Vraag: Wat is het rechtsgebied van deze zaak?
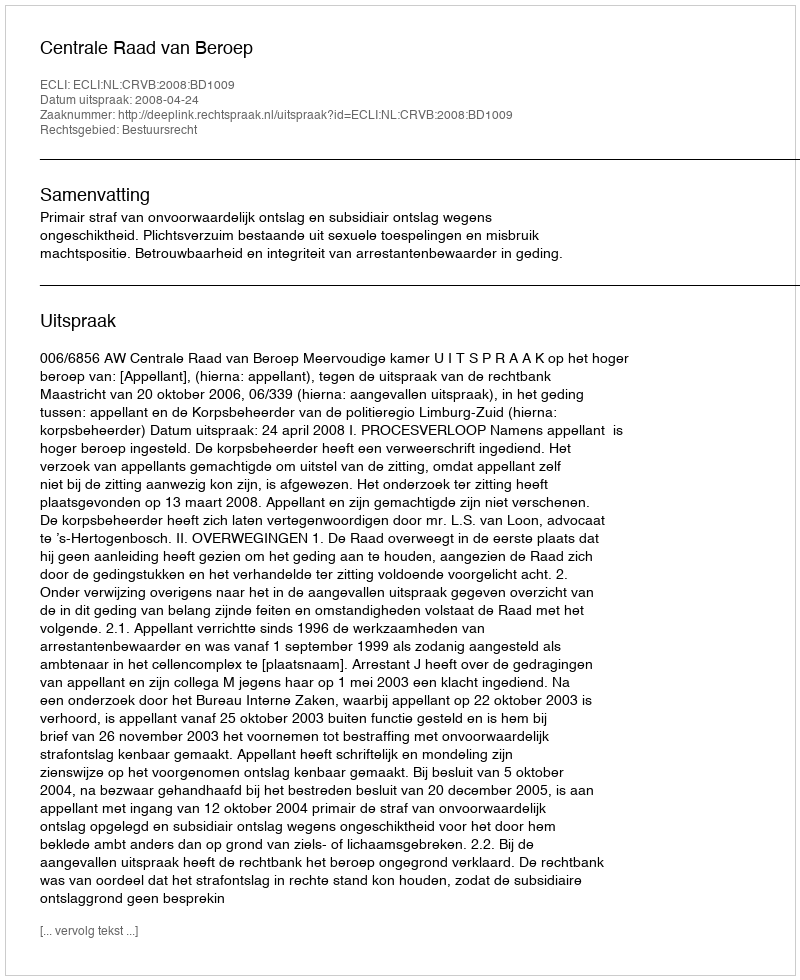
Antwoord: Bestuursrecht